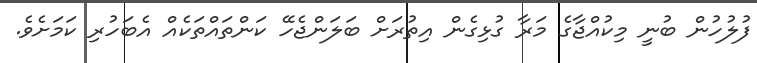
ފުލުހުން ބުނީ މިކުއްޖާގެ މަރާ ގުޅިގެން އިތުރަށް ބަލަންޖެހޭ ކަންތައްތަކެއް އެބަހުރި ކަމަށެވެ.